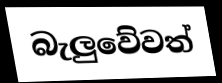
බැලුවේවත්